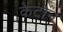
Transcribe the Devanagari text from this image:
केटोन